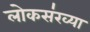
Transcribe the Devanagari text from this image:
लोकस॑ख्या